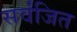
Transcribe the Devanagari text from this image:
सर्वंजित